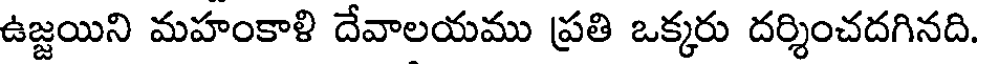
ఉజ్జయిని మహంకాళి దేవాలయము ప్రతి ఒక్కరు దర్శించదగినది.